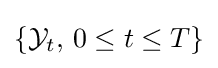
\{{\cal {Y}}_{t},\,0\leq t\leq T\}